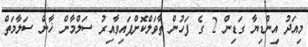
މިއަދު އިންޑިޔާ ގަޑިން 2 ގެ ފަހުން ތާވަލްކޮށްފައިވާއިރު ސަލްމާން ޚާން ސަލާމަތް